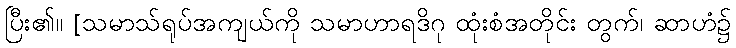
ပြီး၏။ [သမာသ်ရုပ်အကျယ်ကို သမာဟာရဒိဂု ထုံးစံအတိုင်း တွက်၊ ဆာဟံ၌